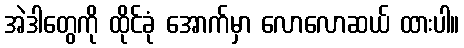
အဲဒါတွေကို ထိုင်ခုံ အောက်မှာ လောလောဆယ် ထားပါ။